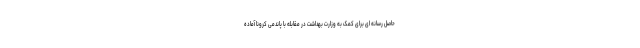
حاصل رسانه ای برای کمک به وزارت بهداشت در مقابله با پاندمی کرونا آماده